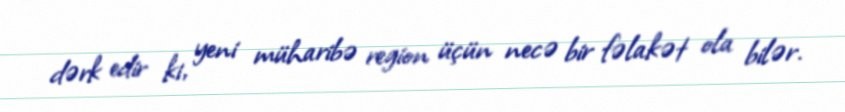
dərk edir ki, yeni müharibə region üçün necə bir fəlakət ola bilər.